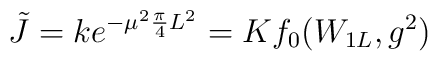
\tilde{J}=ke^{-\mu^2\frac{\pi}{4}L^2}=Kf_0(W_{1L},g^2)